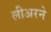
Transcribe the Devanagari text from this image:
लीअरने